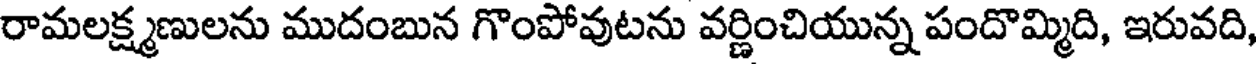
రామలక్ష్మణులను ముదంబున గొంపోవుటను వర్ణించియున్న పందొమ్మిది, ఇరువది,